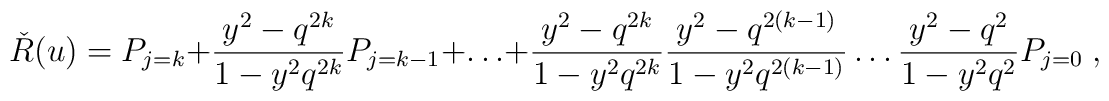
\check{R}(u)=P_{j=k}+\frac{y^{2}-q^{2k}}{1-y^{2}q^{2k}}P_{j=k-1}+ \ldots +\frac{y^{2}-q^{2k}}{1-y^{2}q^{2k}}\frac{y^{2}-q^{2(k-1)}}{1-y^{2}q^{2(k-1)}}\ldots \frac{y^{2}-q^{2}}{1-y^{2}q^{2}}P_{j=0}\;,